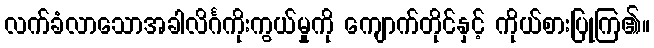
လက်ခံလာသောအခါလိင်္ဂကိုးကွယ်မှုကို ကျောက်တိုင်နှင့် ကိုယ်စားပြုကြ၏။